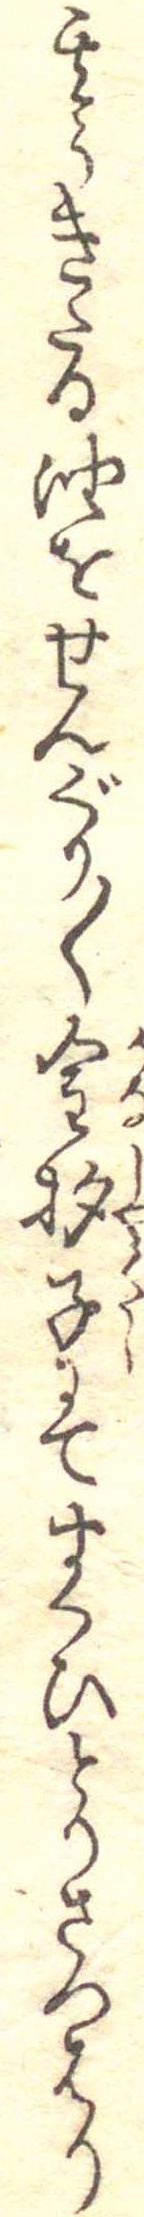
其うきたる油をせんぐり〱金杓子にてすくひとりさつはり